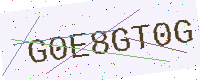
Text: G0E8GT0G